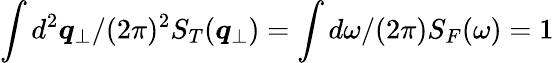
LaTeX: \int d^{2}{\boldsymbol{q}}_{\perp}/(2\pi)^{2}S_{T}({\boldsymbol{q}}_{\perp})=\int d\omega/(2\pi)S_{F}(\omega)=1